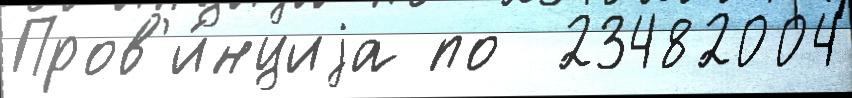
Пров'и́нциjа по  23482004